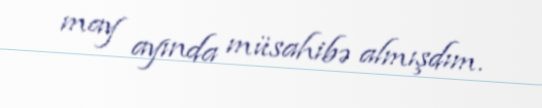
may ayında müsahibə almışdım.